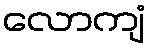
လောကျံ